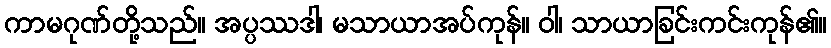
ကာမဂုဏ်တို့သည်။ အပ္ပဿဒါ၊ မသာယာအပ်ကုန်။ ဝါ၊ သာယာခြင်းကင်းကုန်၏။